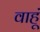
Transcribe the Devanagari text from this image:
वाहूं